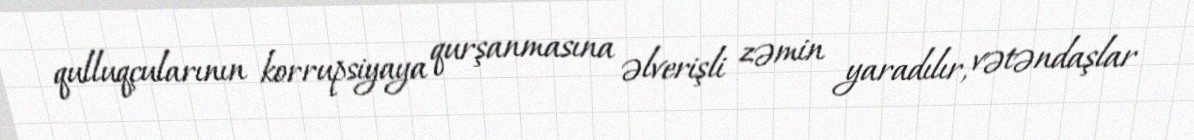
qulluqçularının korrupsiyaya qurşanmasına əlverişli zəmin yaradılır, vətəndaşlar